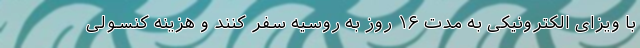
با ویزای الکترونیکی به مدت ۱۶ روز به روسیه سفر کنند و هزینه کنسولی